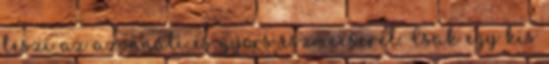
teszi az azonnali és gyors eszmecserét. Csak egy kis